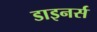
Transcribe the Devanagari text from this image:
डाइनर्स